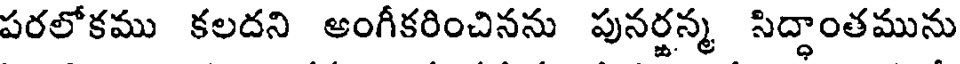
పరలోకము కలదని ఆంగీకరించినను పునర్జన్మ సిద్ధాంతమును